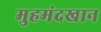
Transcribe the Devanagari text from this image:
मुहमंदखान